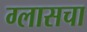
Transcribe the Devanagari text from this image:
ग्लासचा